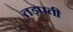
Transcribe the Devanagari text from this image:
तड़पती